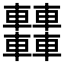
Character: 𨏿